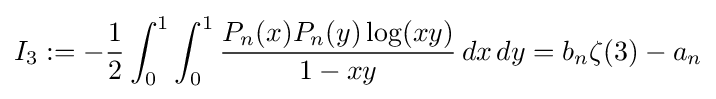
I_{3}:=-{\frac {1}{2}}\int _{0}^{1}\int _{0}^{1}{\frac {P_{n}(x)P_{n}(y)\log(xy)}{1-xy}}\,dx\,dy=b_{n}\zeta (3)-a_{n}